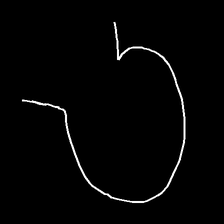
Glyph: weave